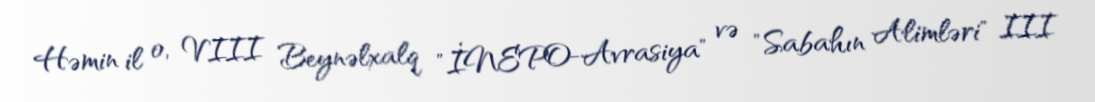
Həmin il o, VIII Beynəlxalq "İNEPO-Avrasiya" və "Sabahın Alimləri" III